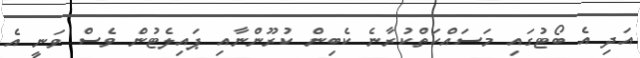
އަދި އެ ބޯޓުގައި މަސައްކަތްކުރާނެ ކެބިން ކުރޫންނާއި ޕައިލެޓުން ވެސް ވަނީ އެ